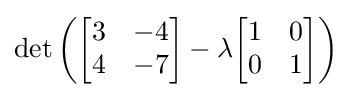
\det \left({\begin{bmatrix}3&-4\\4&-7\end{bmatrix}}-\lambda {\begin{bmatrix}1&0\\0&1\end{bmatrix}}\right)~